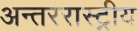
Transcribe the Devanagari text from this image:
अन्तररास्ट्रीय